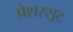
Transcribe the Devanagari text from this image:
प्रेशरसूट